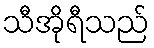
သီအိုရီသည်